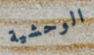
الوحشية